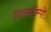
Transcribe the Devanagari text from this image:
डाउनटेम्पो